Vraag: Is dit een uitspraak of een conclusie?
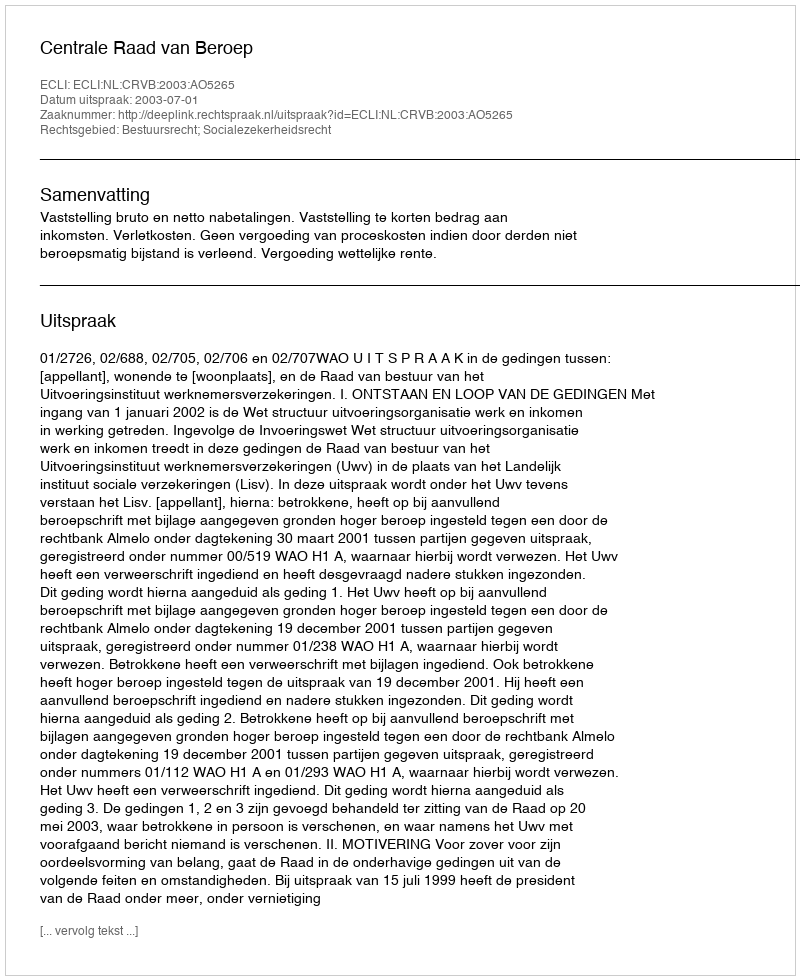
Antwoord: Uitspraak